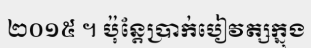
២០១៥ ។ ប៉ុន្តែប្រាក់បៀវត្សក្នុង